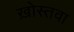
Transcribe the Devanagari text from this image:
ख़ोस्तवा